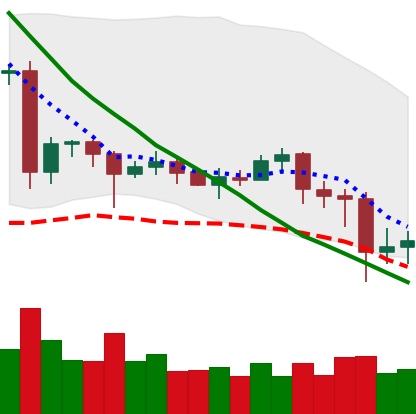
Ticker: EOS-USD
Chart end date: 2020-06-29
Forward return: 3.545%
Label: up_3_5